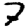
Digit: 7